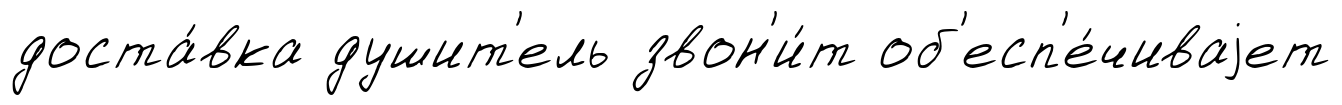
доста́вка душит'ель звон'и́т об'есп'е́чиваjет